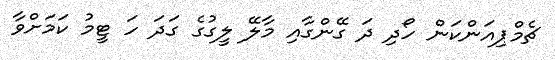
ޗެމްޕިއަންކަން ހޯދި ދަ ގޭންގާއި މާލޭ ލީގުގެ ގަދަ ހަ ޓީމު ކަމަށްވާ